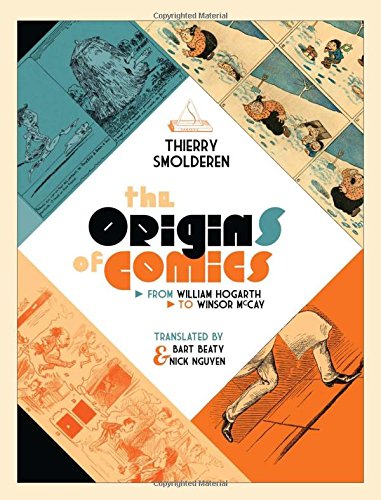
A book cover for The Origins of Comics: From William Hogarth to Winsor McCay; Thierry Smolderen; Comics & Graphic Novels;